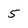
Character: 5